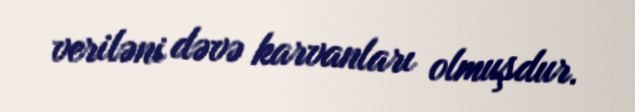
veriləni dəvə karvanları olmuşdur.